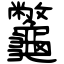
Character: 龞